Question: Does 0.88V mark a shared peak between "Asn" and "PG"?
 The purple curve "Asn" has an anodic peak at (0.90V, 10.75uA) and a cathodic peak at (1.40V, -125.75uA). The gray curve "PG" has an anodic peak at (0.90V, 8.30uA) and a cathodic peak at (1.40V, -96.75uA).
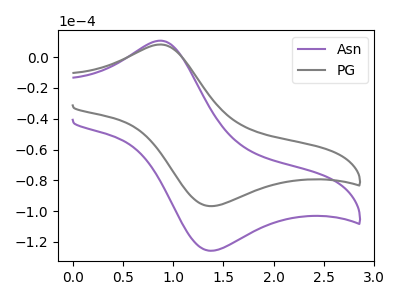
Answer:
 <answer>Yes, "Asn" and "PG" share a peak at 0.88V.</answer>
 <eval>match</eval>